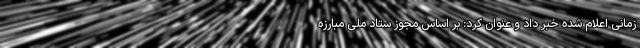
زمانی اعلام شده خبر داد و عنوان کرد: بر اساس مجوز ستاد ملی مبارزه